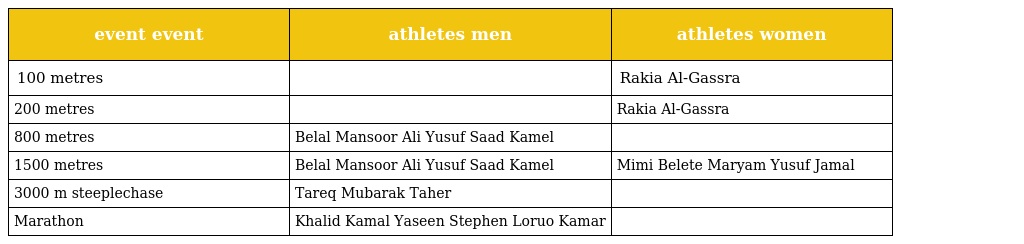
| event event | athletes men | athletes women |
 | --- | --- | --- |
 | 100 metres |  | Rakia Al-Gassra |
 | 200 metres |  | Rakia Al-Gassra |
 | 800 metres | Belal Mansoor Ali Yusuf Saad Kamel |  |
 | 1500 metres | Belal Mansoor Ali Yusuf Saad Kamel | Mimi Belete Maryam Yusuf Jamal |
 | 3000 m steeplechase | Tareq Mubarak Taher |  |
 | Marathon | Khalid Kamal Yaseen Stephen Loruo Kamar |  |